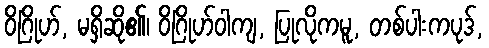
ဝိဂြိုဟ်, မရှိဆို၏၊ ဝိဂြိုဟ်ဝါကျ, ပြုလိုကမူ, တစ်ပါးကပုဒ်,